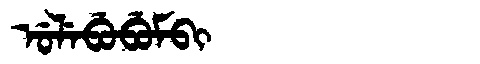
Manchu: ᡠᠯᡝᠪᡠᠪᡠᠮᠪᡳ
Romanization: ULEBUBUMBI